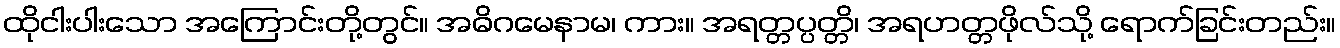
ထိုငါးပါးသော အကြောင်းတို့တွင်။ အဓိဂမေနာမ၊ ကား။ အရတ္တပ္ပတ္တိ၊ အရဟတ္တဖိုလ်သို့ ရောက်ခြင်းတည်း။